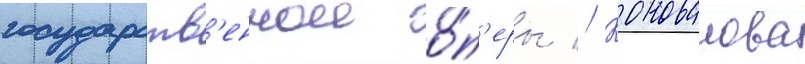
государств'еннои о́п'еры // Коновалова